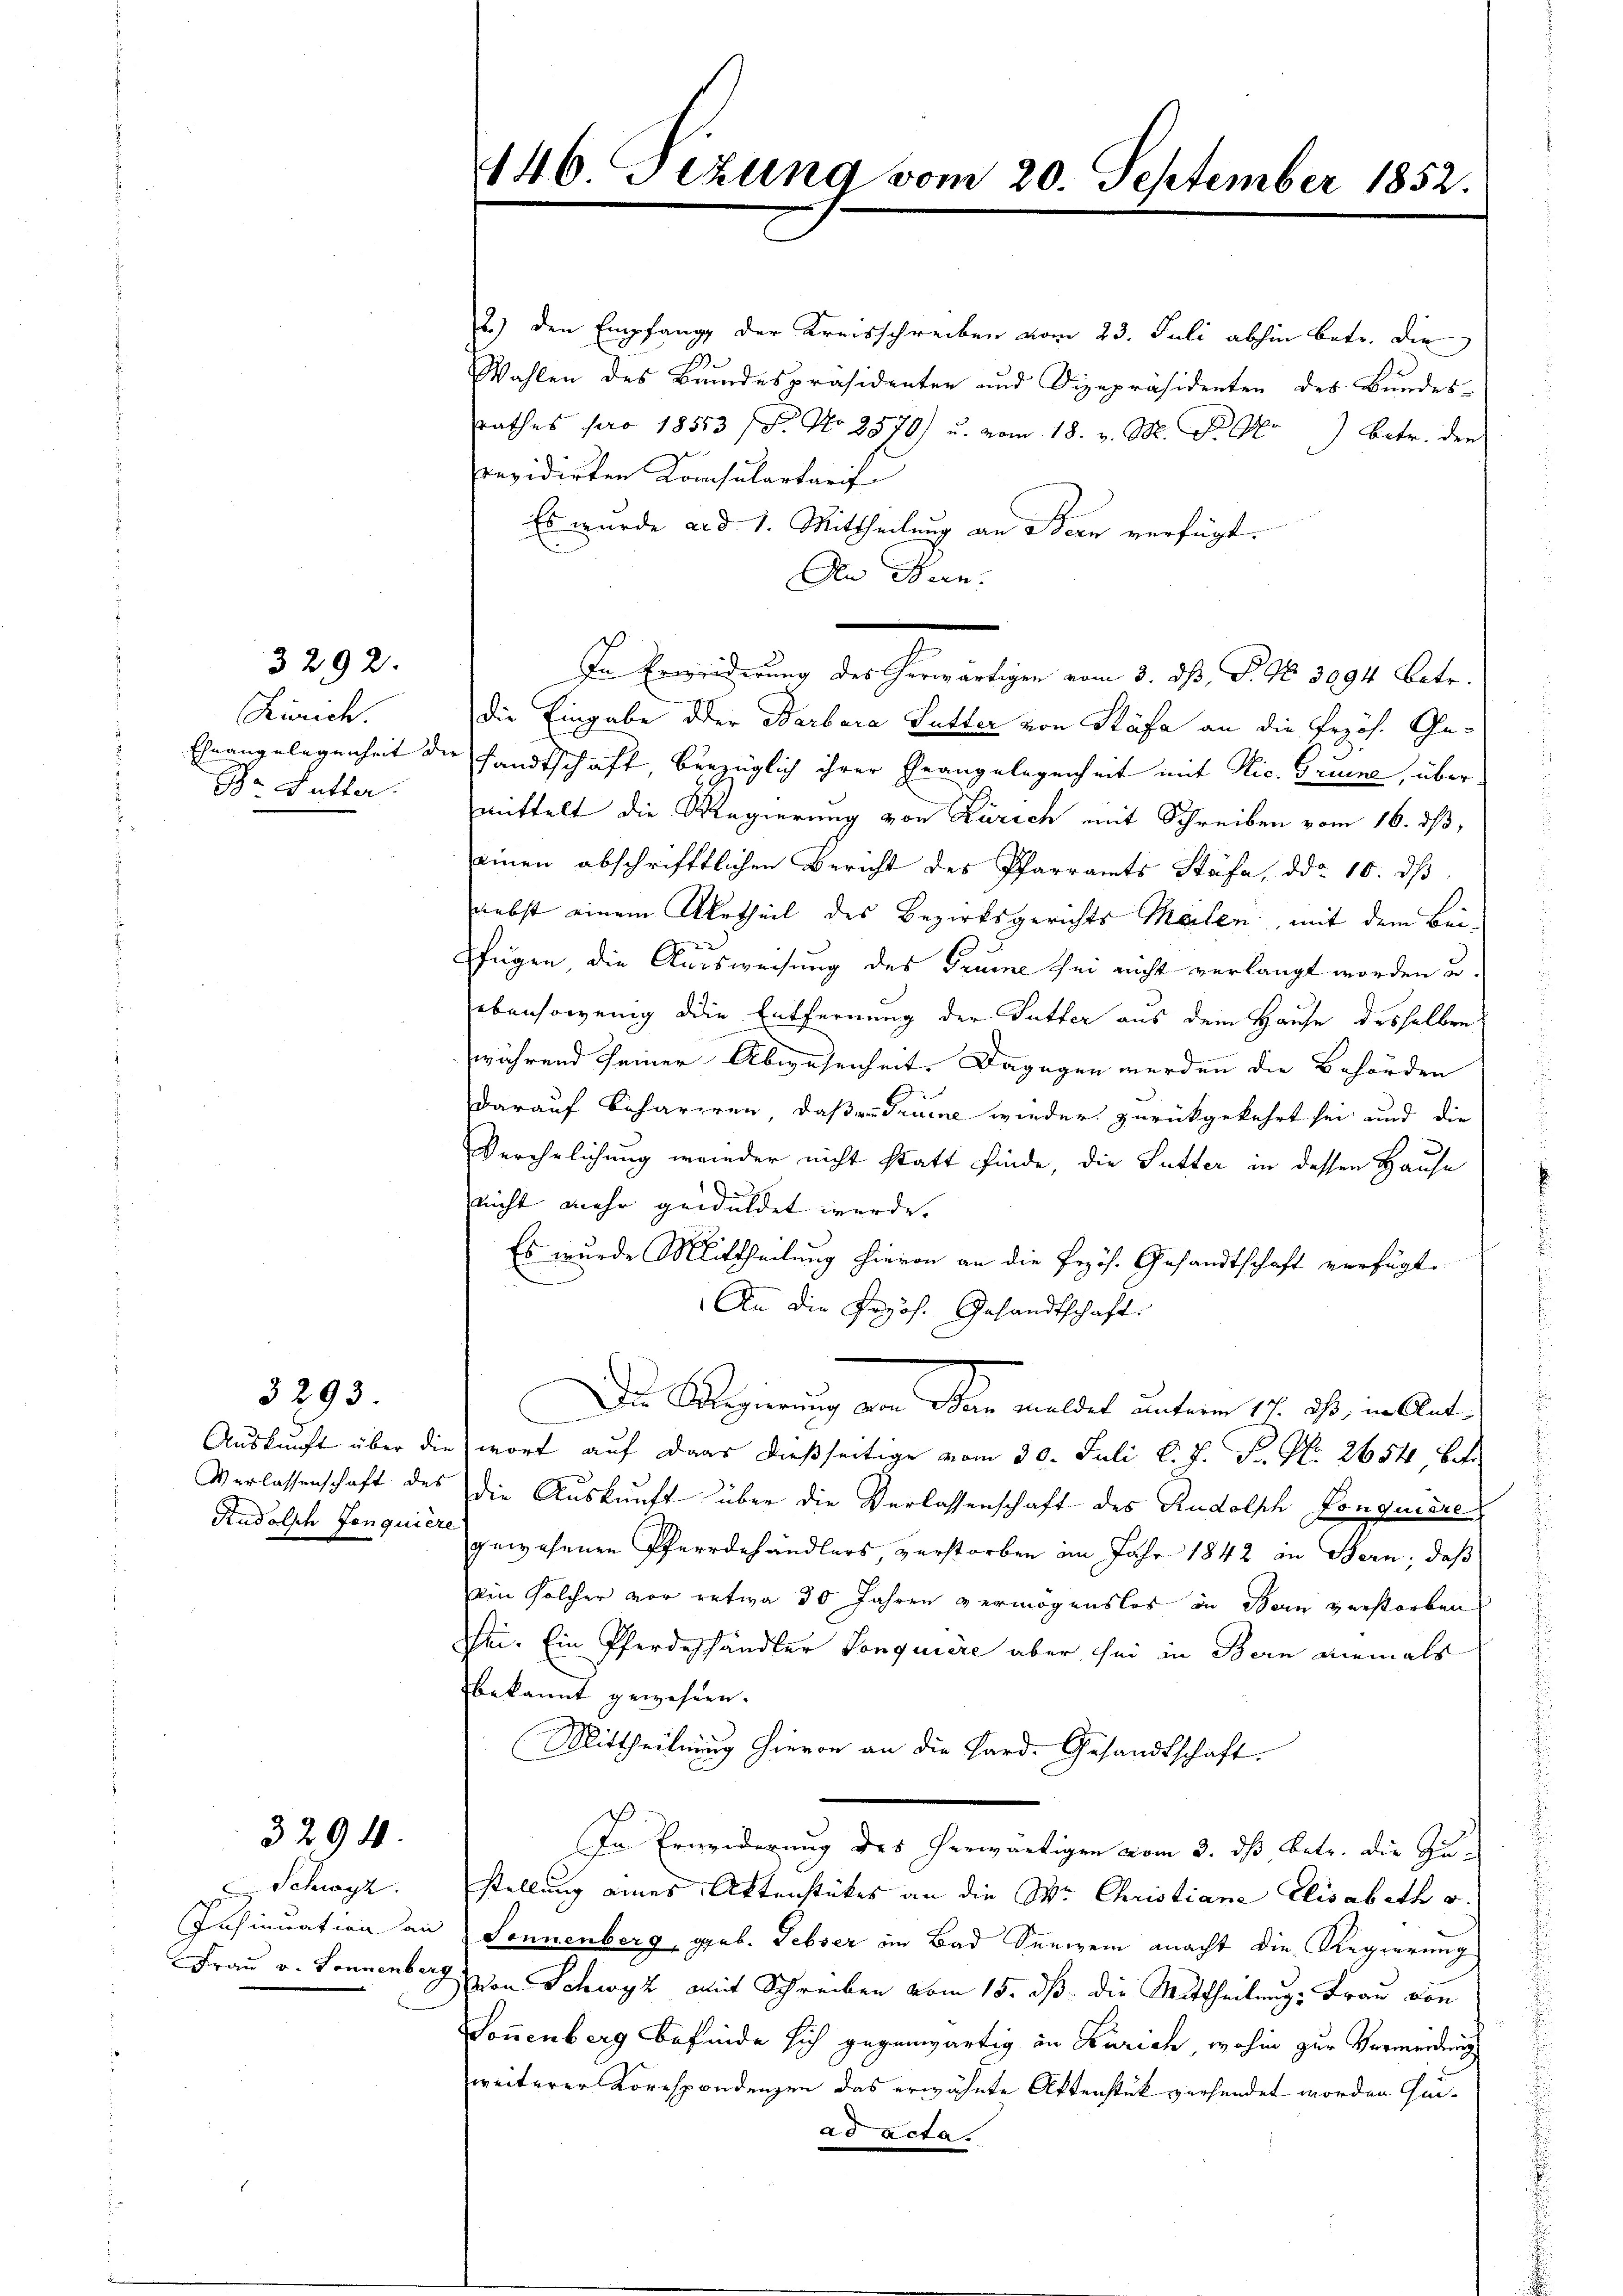
3292.

Zürich.
Ehnangelegenheit de
Cha Futter.

3293

Auskunft über die
Verlassenschaft des
Rudolph Jonquière

329

C Schwyz.
Insinuation an
Frau v. Sonnenberg

146 Sizung vom 20. September 1852.

2.) den Empfang der Kreisschreiben vom 23. Juli abhin betr. die
Wahlen des Bundespräsidenten und Dizepräsidenten des Bundes-
rathes pro 18553 ff. No 2579) u. vom 18. v. M. D. W.) betr. den
revidirten Konsulartarif
Es wurde ad 1. Mittheilung an Bern verfügt.
An Warn
die Eingabe der Barbara Lutter von Stäfa an die Przös. Ge-
sandtschaft, bezüglich ihrer Grangelegenheit mit Nic. Gruene, über
mittelt die Regierung von Zürich mit Schreiben vom 16. ds,
einen abschrifftlichen Bericht des Pfarramts Stäfa, ddo 10. dβ.
nebst einem Urtheil des Bezirksgerichts Malen, mit dem Bei¬
3
fügen, die Ausweisung des Grune sei nicht verlangt worden u.
ebensowenig die Entfernung der Sutter aus dem Hause desselben
während seiner Abwesenheit. Dagegen werden die Behörden
darauf beharren, daß an Gruene wieder zurückgekehrt sei und die
Verehelichung wieder nicht statt finde, die Futter in dessen Hause
nicht mehr geduldet wurde. |
Es wurde Mittheilung hievon an die Przös. Gesandtschaft verfügt.
An die Propos. Gesandtschaft
Die Regierung vom Wein meldet unterm 17. ds, in Antwort auf das dießseitige vom 20. Juli l. J. P. No. 2654 betr
die Auskunft über die Verlassenschaft des Rudolsch Lonquiere
gewesenen Pfarrdehändlers, verstorben im Jahr 1842 in Bern, daß
Ain solcher vor etwa 30 Jahren vermögenslos in Bern verstorben
Sei. Ein Pferdehändler Vonquière aber sei in Bern niemals
bekannt gewesen.
Mittheilung hievon an die Hard. Gesandtschaft.
In Erweiderung des herwärtigen vom 3. ds Betr. die Zustellung eines Aktenstückes an die Wr Christiana Elisabeth u.
Sonnenberg, geb. Febser im Bad Seewen macht die Regierung
von Schwyz mit Schreiben vom 15. dß die Mittheilung, Frau von
Sonnenberg befinde sich gegenwärtig in Zürich, wohin zur Vermeidung
weiterer Korespondenzen das erwähnte Aktenstük versendet worden seiad acta.

In Erwiederung des herwärtigen vom 3. dß, P. Nr. 3094 betr.